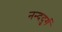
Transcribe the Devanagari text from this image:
नन्ददुर्ग